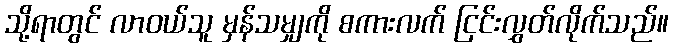
သို့ရာတွင် လာဝယ်သူ မှန်သမျှကို စကားလက် ငြင်းလွှတ်လိုက်သည်။